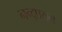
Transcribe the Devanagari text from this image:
नन्द्प्रयग